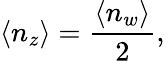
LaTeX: \langle n_{z}\rangle=\displaystyle{\frac{\langle n_{w}\rangle}{2}},